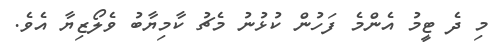
މި ދެ ޓީމު އެންމެ ފަހުން ކުޅުނު މެޗު ކާމިޔާބު ވެލޯޒިޔާ އެވެ.